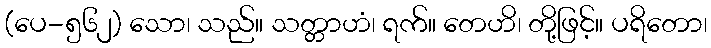
(ပေ-၅၆၂) သော၊ သည်။ သတ္တာဟံ၊ ရက်။ တေဟိ၊ တို့ဖြင့်။ ပရိတော၊